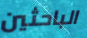
الباحثين